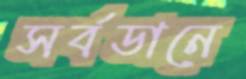
সর্বডানে